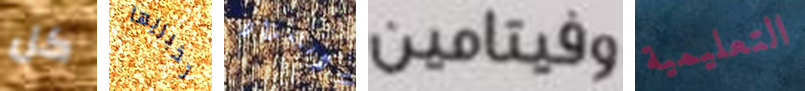
كل تخبريها الإستعداد وفيتامين التعليمية